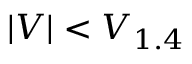
\vert V \vert < V _ { 1 . 4 }